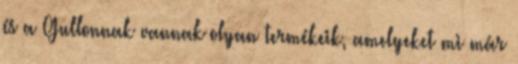
és a Gullonnak vannak olyan termékeik, amelyeket mi már